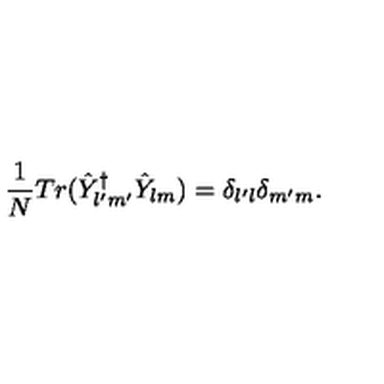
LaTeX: \frac { 1 } { N } T r ( \hat { Y } _ { l ^ { \prime } m ^ { \prime } } ^ { \dagger } \hat { Y } _ { l m } ) = \delta _ { l ^ { \prime } l } \delta _ { m ^ { \prime } m } .